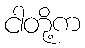
ငါတို့က